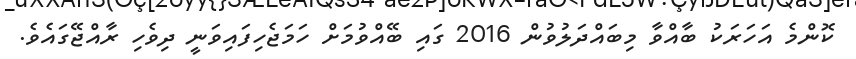
ކޮންމެ އަހަރަކު ބާއްވާ މިބައްދަލުވުން 2016 ގައި ބޭއްވުމަށް ހަމަޖެހިފައިވަނީ ދިވެހި ރާއްޖޭގައެވެ.